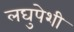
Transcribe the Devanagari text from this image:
लघुपेशी